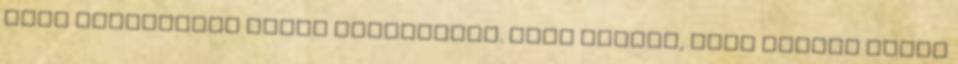
vagy egyáltalán nincs befolyásom. Nagy kérdés, hogy hogyan tudom